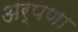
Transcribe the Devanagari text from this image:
अर्पणा